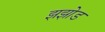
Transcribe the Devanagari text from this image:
झझोड